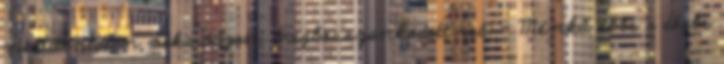
minduntalan vakaródzott, megbosszankodott reá: - Ménkű ebbe a dögbe